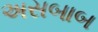
અસબાબ